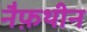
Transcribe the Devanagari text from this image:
नैफ़थीन